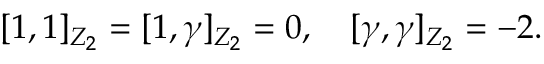
\lbrack 1 , 1 \rbrack _ { Z _ { 2 } } = \lbrack 1 , \gamma \rbrack _ { Z _ { 2 } } = 0 , \quad \lbrack \gamma , \gamma \rbrack _ { Z _ { 2 } } = - 2 .